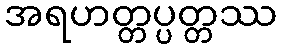
အရဟတ္တပ္ပတ္တဿ